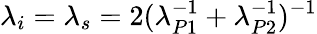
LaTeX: \lambda_{i}=\lambda_{s}=2(\lambda_{P1}^{-1}+\lambda_{P2}^{-1})^{-1}